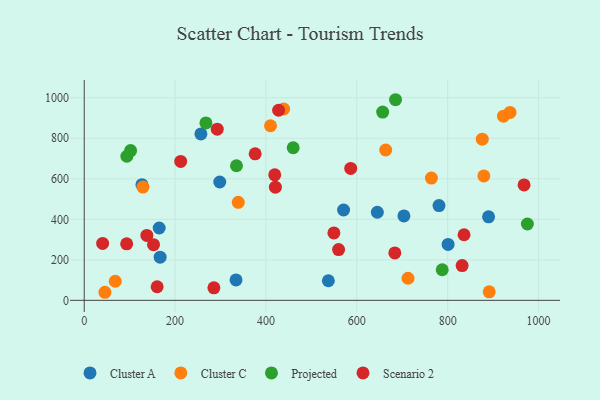
{"axis": {"x": "Experience", "y": "Rating"}, "legend": ["Cluster A", "Cluster C", "Projected", "Scenario 2"], "data": [{"x": "800.8", "y": 275.8, "type": "Cluster A"}, {"x": "889.9", "y": 412.5, "type": "Cluster A"}, {"x": "167.1", "y": 213.0, "type": "Cluster A"}, {"x": "298.3", "y": 584.3, "type": "Cluster A"}, {"x": "645.1", "y": 434.9, "type": "Cluster A"}, {"x": "334.1", "y": 100.9, "type": "Cluster A"}, {"x": "780.8", "y": 468.0, "type": "Cluster A"}, {"x": "570.8", "y": 446.0, "type": "Cluster A"}, {"x": "703.6", "y": 416.6, "type": "Cluster A"}, {"x": "256.8", "y": 821.8, "type": "Cluster A"}, {"x": "127.0", "y": 571.1, "type": "Cluster A"}, {"x": "537.3", "y": 96.7, "type": "Cluster A"}, {"x": "165.0", "y": 357.0, "type": "Cluster A"}, {"x": "68.3", "y": 94.2, "type": "Cluster C"}, {"x": "439.0", "y": 944.7, "type": "Cluster C"}, {"x": "876.0", "y": 795.6, "type": "Cluster C"}, {"x": "339.0", "y": 484.0, "type": "Cluster C"}, {"x": "879.5", "y": 614.0, "type": "Cluster C"}, {"x": "410.0", "y": 861.9, "type": "Cluster C"}, {"x": "663.5", "y": 742.3, "type": "Cluster C"}, {"x": "764.1", "y": 603.4, "type": "Cluster C"}, {"x": "712.6", "y": 109.0, "type": "Cluster C"}, {"x": "937.2", "y": 927.8, "type": "Cluster C"}, {"x": "129.3", "y": 559.2, "type": "Cluster C"}, {"x": "922.7", "y": 909.0, "type": "Cluster C"}, {"x": "891.3", "y": 41.9, "type": "Cluster C"}, {"x": "45.6", "y": 39.8, "type": "Cluster C"}, {"x": "975.3", "y": 376.8, "type": "Projected"}, {"x": "459.9", "y": 753.2, "type": "Projected"}, {"x": "656.8", "y": 929.4, "type": "Projected"}, {"x": "335.1", "y": 664.5, "type": "Projected"}, {"x": "102.1", "y": 739.6, "type": "Projected"}, {"x": "685.1", "y": 990.4, "type": "Projected"}, {"x": "267.8", "y": 875.8, "type": "Projected"}, {"x": "787.9", "y": 150.9, "type": "Projected"}, {"x": "93.8", "y": 711.4, "type": "Projected"}, {"x": "427.8", "y": 938.5, "type": "Scenario 2"}, {"x": "285.4", "y": 61.7, "type": "Scenario 2"}, {"x": "419.3", "y": 619.4, "type": "Scenario 2"}, {"x": "420.7", "y": 558.5, "type": "Scenario 2"}, {"x": "831.7", "y": 171.4, "type": "Scenario 2"}, {"x": "292.7", "y": 845.1, "type": "Scenario 2"}, {"x": "212.3", "y": 685.9, "type": "Scenario 2"}, {"x": "152.5", "y": 275.0, "type": "Scenario 2"}, {"x": "968.0", "y": 569.6, "type": "Scenario 2"}, {"x": "559.8", "y": 250.5, "type": "Scenario 2"}, {"x": "137.8", "y": 320.7, "type": "Scenario 2"}, {"x": "376.2", "y": 723.1, "type": "Scenario 2"}, {"x": "835.9", "y": 323.8, "type": "Scenario 2"}, {"x": "586.5", "y": 651.1, "type": "Scenario 2"}, {"x": "160.5", "y": 67.1, "type": "Scenario 2"}, {"x": "549.5", "y": 332.6, "type": "Scenario 2"}, {"x": "40.5", "y": 281.2, "type": "Scenario 2"}, {"x": "93.4", "y": 279.0, "type": "Scenario 2"}, {"x": "683.6", "y": 233.9, "type": "Scenario 2"}]}